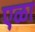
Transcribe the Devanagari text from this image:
एळा